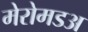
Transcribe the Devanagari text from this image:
मेरोमडअ